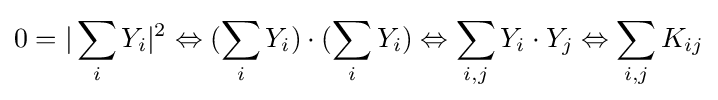
0=|\sum _{i}Y_{i}|^{2}\Leftrightarrow (\sum _{i}Y_{i})\cdot (\sum _{i}Y_{i})\Leftrightarrow \sum _{i,j}Y_{i}\cdot Y_{j}\Leftrightarrow \sum _{i,j}K_{ij}